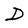
Character: D